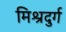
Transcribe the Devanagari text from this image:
मिश्रदुर्ग